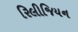
રિલીજિયન